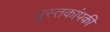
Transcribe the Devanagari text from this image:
पुस्तकांपकी